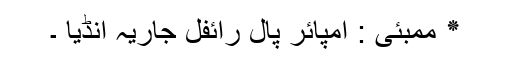
٭ ممبئی : امپائر پال رائفل جاریہ انڈیا ۔